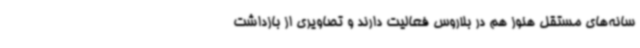
سانه‌های مستقل هنوز هم در بلاروس فعالیت دارند و تصاویری از بازداشت